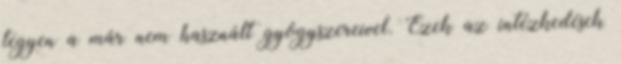
tegyen a már nem használt gyógyszereivel. Ezek az intézkedések